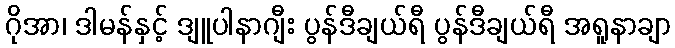
ဂိုအာ၊ ဒါမန်နှင့် ဒျူပါနာဂျီး ပွန်ဒီချယ်ရီ ပွန်ဒီချယ်ရီ အရူနာချာ